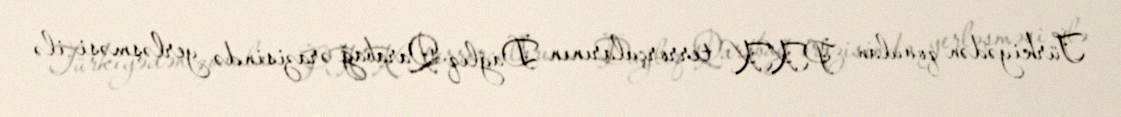
Türkiyədən qovulan PKK terrorçularının Dağlıq Qarabağ ərazisində yerləşməsi ilə